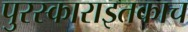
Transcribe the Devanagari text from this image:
पुरस्काराइतकाच